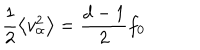
LaTeX: \frac { 1 } { 2 } \left\langle v _ { \alpha } ^ { 2 } \right\rangle = \frac { d - 1 } { 2 } f _ { 0 }